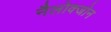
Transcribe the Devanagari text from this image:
नैलोक्जोन